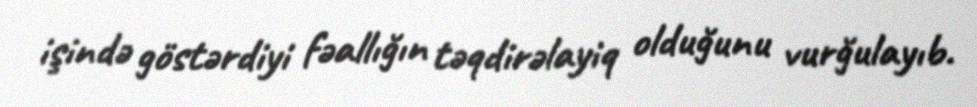
işində göstərdiyi fəallığın təqdirəlayiq olduğunu vurğulayıb.